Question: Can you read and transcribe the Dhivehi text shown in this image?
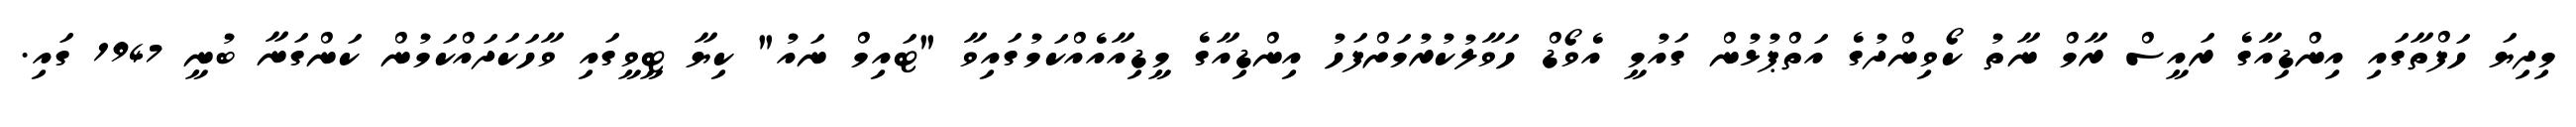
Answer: މިދިޔަ ހަފްތާގައި އިންޑިއާގެ ރައީސް ރާމް ނާތު ކޯވިންދުގެ އަތްޕުޅުން ގައުމީ އެވޯޑް ހަވާލުކުރުމަށްފަހު އިންޑިއާގެ މީޑިއާއެއްކަމުގައިވާ "ޓައިމް ނައު" ކިޔާ ޓީވީގައި ވާހަކަދައްކަމުން ކަންގަނާ ބުނީ 1947 ގައި.